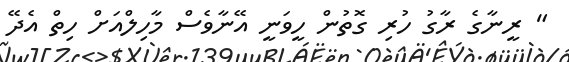
" ރީނާގެ ރާގު ހުރި ގޮތުން ހީވަނީ އޭނާވެސް މާހިލްއަށް ހިތް އެދޭ